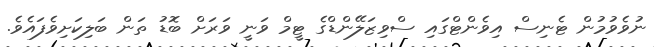
ނުވެވުމުން ޓެނިސް އިވެންޓްގައި ސްވިޒަލޭންޑްގެ ޓީމް ވަނީ ވަރަށް ބޮޑު ތަން ބަލިކަށިވެފައެވެ.